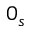
0 _ { s }